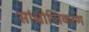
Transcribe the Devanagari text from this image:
सांक्षीप्तिकरण